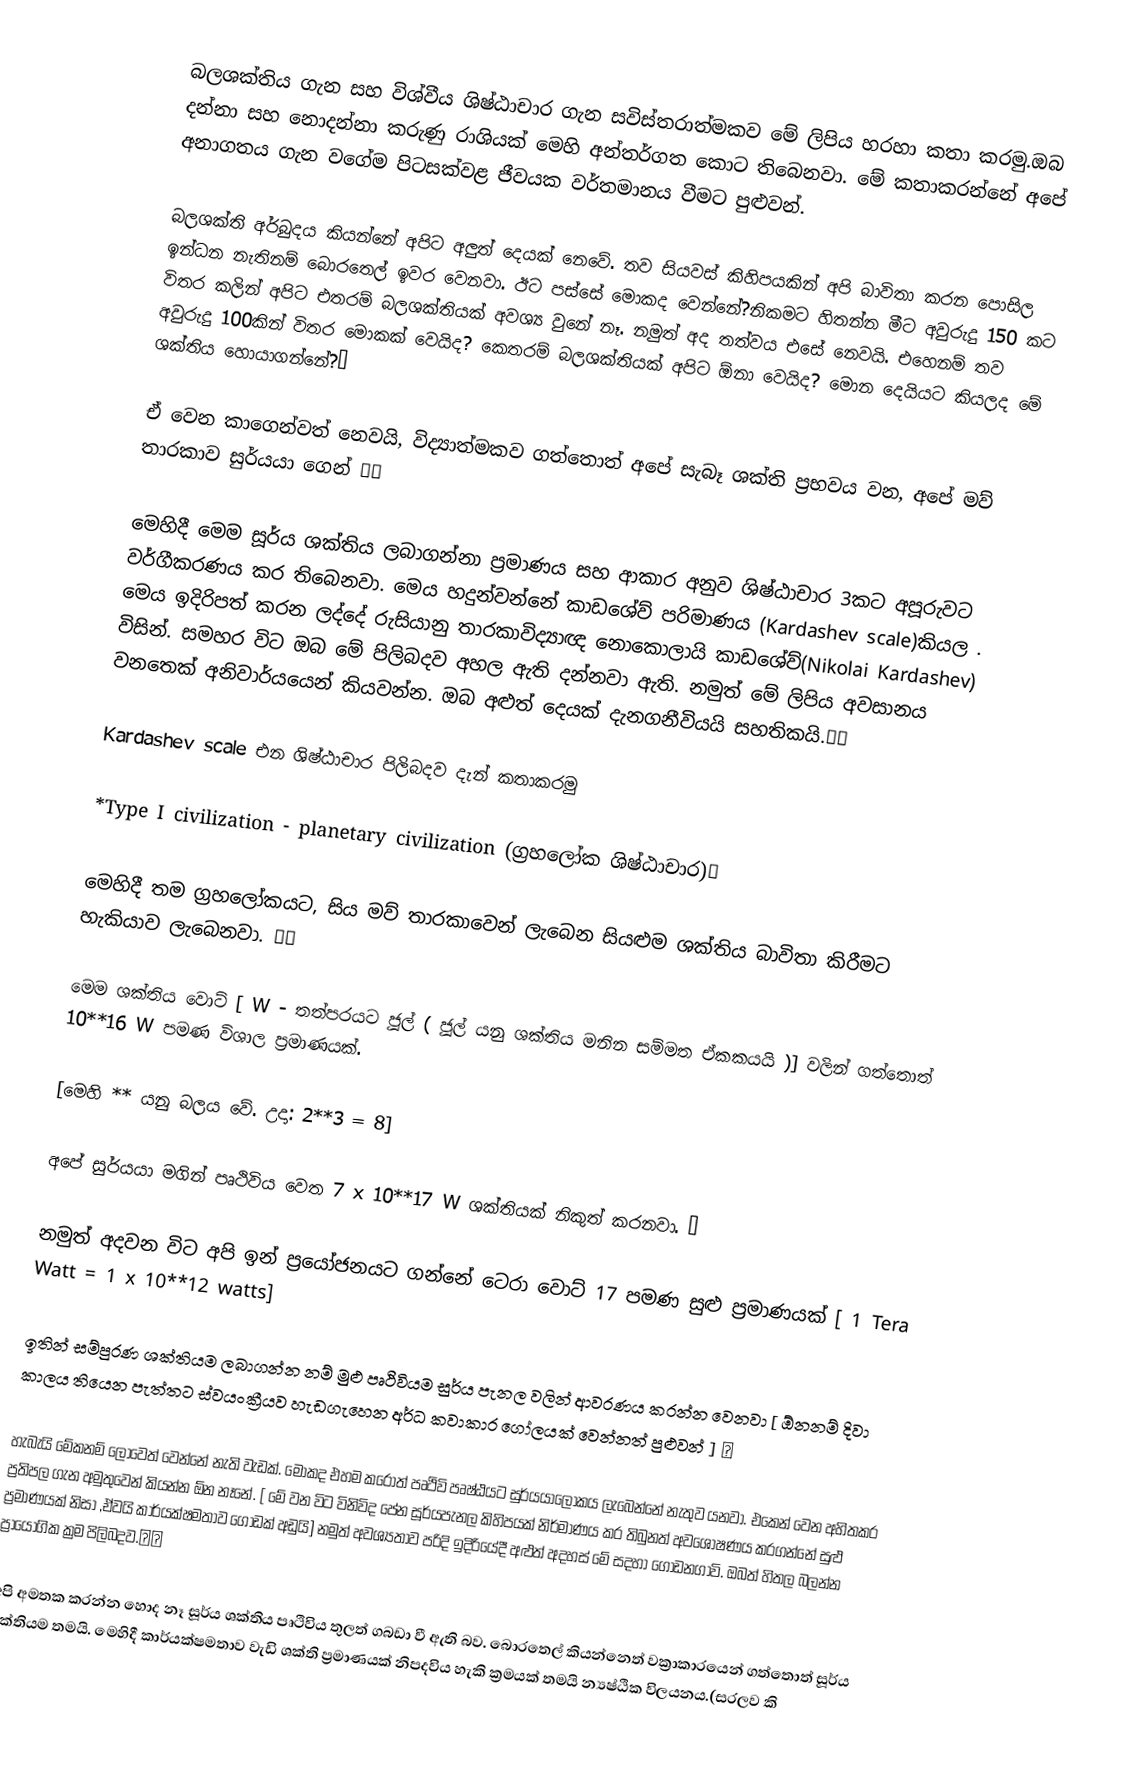
බලශක්තිය ගැන සහ විශ්වීය ශිෂ්ඨාචාර ගැන සවිස්තරාත්මකව මේ ලිපිය හරහා කතා කරමු.ඔබ දන්නා සහ නොදන්නා කරුණු රාශියක් මෙහි අන්තර්ගත කොට තිබෙනවා. මේ කතාකරන්නේ අපේ අනාගතය ගැන වගේම පිටසක්වළ ජීවයක වර්තමානය වීමට පුළුවන්.

බලශක්ති අර්බුදය කියන්නේ අපිට අලුත් දෙයක් නෙවේ. තව සියවස් කිහිපයකින් අපි බාවිතා කරන පොසිල ඉන්ධන නැතිනම් බොරතෙල් ඉවර වෙනවා. ඊට පස්සේ මොකද වෙන්නේ?නිකමට හිතන්න මීට අවුරුදු 150 කට විතර කලින් අපිට එතරම් බලශක්තියක් අවශ්‍ය වුනේ නෑ. නමුත් අද තත්වය එසේ නෙවයි. එහෙනම් තව අවුරුදු 100කින් විතර මොකක් වෙයිද? කෙතරම් බලශක්තියක් අපිට ඕනා වෙයිද? මොන දෙයියට කියලද මේ ශක්තිය හොයාගන්නේ?😬

ඒ වෙන කාගෙන්වත් නෙවයි, විද්‍යාත්මකව ගත්තොත් අපේ සැබෑ ශක්ති ප්‍රභවය වන, අපේ මව් තාරකාව සුර්යයා ගෙන් 🌞💪

මෙහිදී මෙම සූර්ය ශක්තිය ලබාගන්නා ප්‍රමාණය සහ ආකාර අනුව ශිෂ්ඨාචාර 3කට අපූරුවට වර්ගීකරණය කර තිබෙනවා. මෙය හදුන්වන්නේ කාඩශේව් පරිමාණය (Kardashev scale)කියල . මෙය ඉදිරිපත් කරන ලද්දේ රුසියානු තාරකාවිද්‍යාඥ නොකොලායි කාඩශේව්(Nikolai Kardashev) විසින්. සමහර විට ඔබ මේ පිලිබදව අහල ඇති දන්නවා ඇති. නමුත් මේ ලිපිය අවසානය වනතෙක් අනිවාර්යයෙන් කියවන්න. ඔබ අළුත් දෙයක් දැනගනීවියයි සහතිකයි.☝😉

Kardashev scale එන ශිෂ්ඨාචාර පිලිබදව දැන් කතාකරමු

*Type I civilization - planetary civilization (ග්‍රහලෝක ශිෂ්ඨාචාර)🌎

මෙහිදී තම ග්‍රහලෝකයට, සිය මව් තාරකාවෙන් ලැබෙන සියළුම ශක්තිය බාවිතා කිරීමට හැකියාව ලැබෙනවා. 🌍🌤

මෙම ශක්තිය වොට් [ W - තත්පරයට ජූල් ( ජූල් යනු ශක්තිය මනින සම්මත ඒකකයයි )] වලින් ගත්තොත් 10**16 W පමණ විශාල ප්‍රමාණයක්.

[මෙහි ** යනු බලය වේ. උදා: 2**3 = 8]

අපේ සුර්යයා මගින් පෘථිවිය වෙත 7 x 10**17 W ශක්තියක් නිකුත් කරනවා. ☀

නමුත් අදවන විට අපි ඉන් ප්‍රයෝජනයට ගන්නේ ටෙරා වොට් 17 පමණ සුළු ප්‍රමාණයක් [ 1 Tera Watt = 1 x 10**12 watts]

ඉතින් සම්පුරණ ශක්තියම ලබාගන්න නම් මුළු පෘථිවියම සුර්ය පැනල වලින් ආවරණය කරන්න වෙනවා [ ඕනනම් දිවා කාලය තියෙන පැත්තට ස්වයංක්‍රීයව හැඩගැහෙන අර්ධ කවාකාර ගෝලයක් වෙන්නත් පුළුවන් ] 🔘

හැබැයි මේකනම් ලොවෙත් වෙන්නේ නැති වැඩක්. මොකද එහම කරොත් පෘථිවි පෘෂ්ඨයට සුර්යයාලෝකය ලැබෙන්නේ නැතුව යනවා. එකෙන් වෙන අහිතකර ප්‍රතිපල ගැන අමුතුවෙන් කියන්න ඕන නෑනේ. [ මේ වන විට විනිවිද පේන සූර්යපැනල කිහිපයක් නිර්මාණය කර තිබුනත් අවශෝෂණය කරගන්නේ සුළු ප්‍රමාණයක් නිසා ,ඒවයි කාර්යක්ෂමතාව ගොඩක් අඩුයි] නමුත් අවශ්‍යතාව පරිදි ඉදිරියේදී අළුත් අදහස් මේ සදහා ගොඩනගාවි. ඔබත් හිතල බලන්න ප්‍රායෝගික ක්‍රම පිලිබදව.🤔😉

අපි අමතක කරන්න හොද නෑ සූර්ය ශක්තිය පෘථිවිය තුලත් ගබඩා වී ඇති බව. බොරතෙල් කියන්නෙත් වක්‍රාකාරයෙන් ගත්තොත් සූර්ය ශක්තියම තමයි. මෙහිදී කාර්යක්ෂමතාව වැඩි ශක්ති ප්‍රමාණයක් නිපදවිය හැකි ක්‍රමයක් තමයි න්‍යෂ්ඨික විලයනය.(සරලව කි